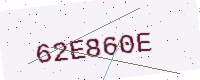
Text: 62E860E